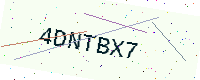
Text: 4DNTBX7